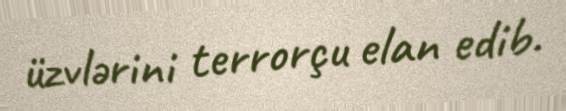
üzvlərini terrorçu elan edib.